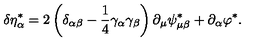
\delta \eta _ { \alpha } ^ { * } = 2 \left( \delta _ { \alpha \beta } - \frac 1 4 \gamma _ { \alpha } \gamma _ { \beta } \right) \partial _ { \mu } \psi _ { \mu \beta } ^ { * } + \partial _ { \alpha } \varphi ^ { * } .